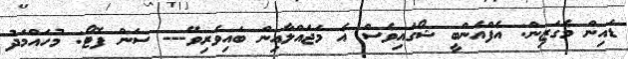
ޑައިން މެގަޒިން: އެފްއެންބީ ޝޯގައިވެސް އެ މަޖައްލާއިން ބައިވެރިވޭ--- ސަން ފޮޓޯ: މުހައްމަދު